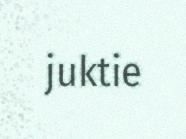
juktie